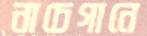
নাচেগানে